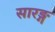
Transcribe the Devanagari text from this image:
सारङ्ग